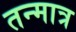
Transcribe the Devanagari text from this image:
तन्मात्र